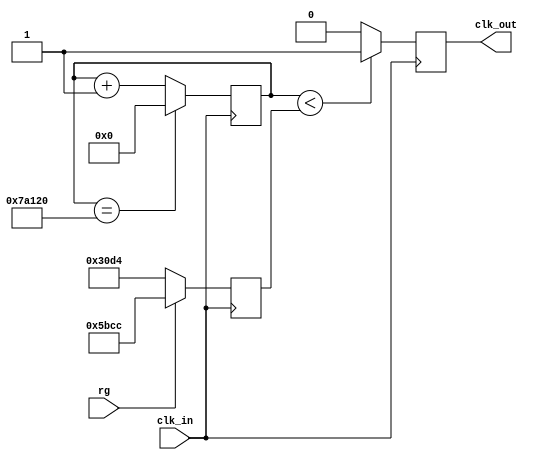


/* count = (clk_in / clk_out) */
/* Ejemplo 1 */
/* count = 25E6 = 25000000 = (25E6 Mhz)/(1 Hz) */
/* SIZE = 2^25 = 33.5E6 lo contiene */
/* Ejemplo 2 */
/* count = (50E6 Mhz)/(1 Hz) = 50E6 = 50000000 */
/* SIZE = 2^26 = 67.5E6 lo contiene */
/* Configuracin a 1 Hz */
/* count = (12E6 Mhz)/(1 Hz) = 12E6 = 12000000 */
/* SIZE = 2^24 = 16.777E6 lo contiene */

/*Lattice ice40 funciona a 25MHz*/

module servo 
(
  input clk_in,
  input rg,
  output reg clk_out
);

parameter SIZE = 19; /*2^19=524288, contiene a 500000*/
parameter LIMIT = 19'd500000; /*Limite = 25M/(1/20ms) = 500000 */
parameter dutymin=12500; /*25M*0.5ms=12500 (-	90)*/ 
parameter dutymax=60000; /*25M*2.4ms=60000 (90)*/

reg [SIZE-1:0] count = 0;
reg [SIZE-1:0] duty = 12500;
always@(posedge clk_in)
	begin
	  if(count == LIMIT)
		  begin
			count <= 0;
		  end
	  else
		  begin
			count <= count + 1;
		  end
/*	  if (rg==1)
		  begin
		    duty<=19000;
		  end
	  else if (vg==1)
	      begin
	        duty<=23500;
	      end
	  else if (ag==1)
	  	  begin
	        duty<=28000;
	      end					*/
	  if(rg==1)
	  	  begin
	        duty<=23500;
	      end
	  else
		  begin
			duty<=dutymin;
		  end
	  if (count < duty)
		  begin
			clk_out=1;
		  end
	  else
		  begin
			clk_out=0;
		  end
	end
endmodule

/*Dutymin = 25000*/

/*Dutymax = 120000*/